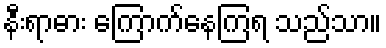
နီးရာဓား ကြောက်နေကြရ သည်သာ။